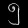
Digit: ၅